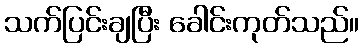
သက်ပြင်းချပြီး ခေါင်းကုတ်သည်။